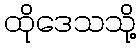
ထိုဒေသသို့